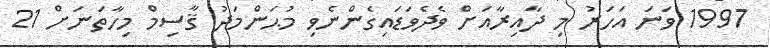
1997 ވަނަ އަހަރު މި ދާއިރާއަށް ވެދެވަޑައިގެންނެވި މުޙަންމަދު ޤާސިމް މިހާތަނަށް 21